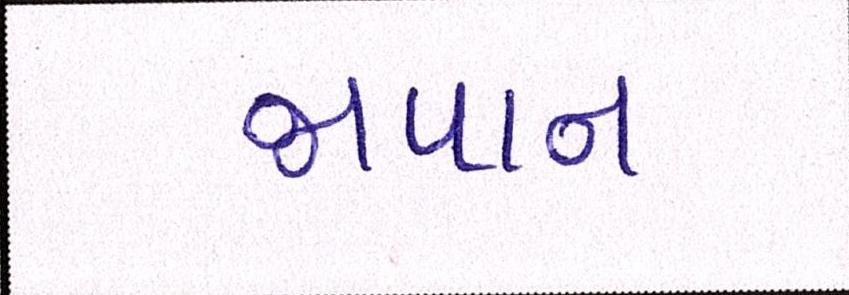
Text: જાપાનઃ